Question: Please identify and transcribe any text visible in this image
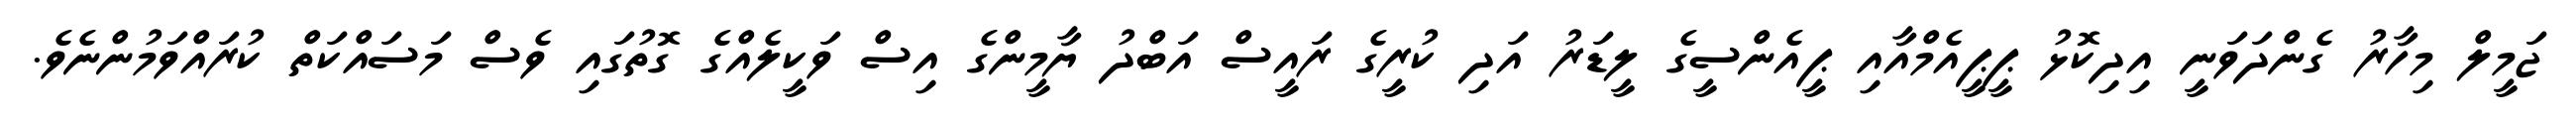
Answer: ޖަމީލް މިހާރު ގެންދަވަނީ އިދިކޮޅު ޕީޕީއެމްއާއި ޕީއެންސީގެ ލީޑަރު އަދި ކުރީގެ ރައީސް އަބްދު ޔާމީންގެ އިސް ވަކީލެއްގެ ގޮތުގައި ވެސް މަސައްކަތް ކުރައްވަމުންނެވެ.